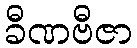
ခီဏဗီဇာ